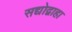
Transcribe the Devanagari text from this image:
सद्योद्वाहा